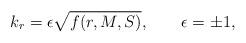
LaTeX: \begin{align*}k_r = \epsilon \sqrt{f(r,M,S)}, \qquad \epsilon=\pm1,\end{align*}